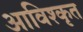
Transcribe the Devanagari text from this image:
आविश्कृत